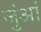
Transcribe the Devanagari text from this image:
जुंआं